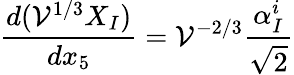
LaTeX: \frac{d({\cal V}^{1/3}X_{I})}{dx_{5}}={\cal V}^{-2/3}\frac{\alpha_{I}^{i}}{\sqrt 2}